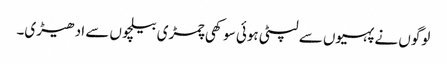
لوگوں نے پہیوں سے لپٹی ہوئی سوکھی چمڑی بیلچوں سے ادھیڑی۔